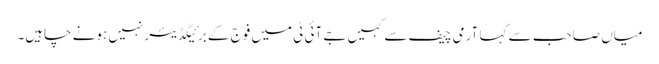
میاں صاحب سے کہا آرمی چیف سے کہیں جے آئی ٹی میں فوج کے برئیگڈیئر نہیں ہونے چاہیں۔